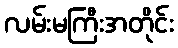
လမ်းမကြီးအတိုင်း